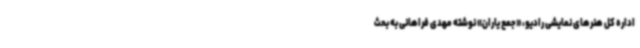
اداره کل هنرهای نمایشی رادیو، «جمع یاران» نوشته مهدی فراهانی به بحث